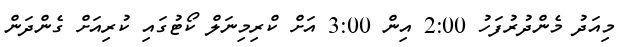
މިއަދު މެންދުރުފަހު 2:00 އިން 3:00 އަށް ކްރިމިނަލް ކޯޓުގައި ކުރިއަށް ގެންދަން